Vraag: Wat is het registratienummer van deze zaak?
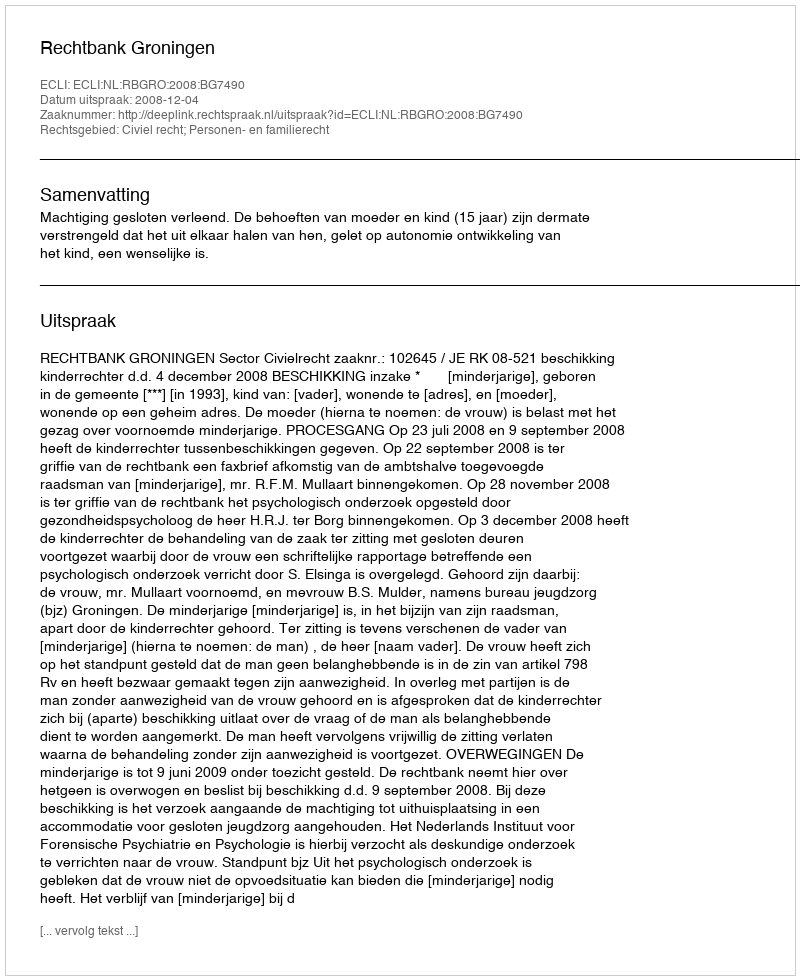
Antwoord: http://deeplink.rechtspraak.nl/uitspraak?id=ECLI:NL:RBGRO:2008:BG7490